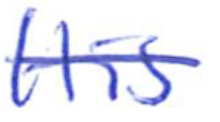
Text: His
Cross-out: single-line
Writing tool: ballpoint